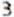
3